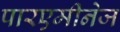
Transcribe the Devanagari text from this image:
पारएमीनेज